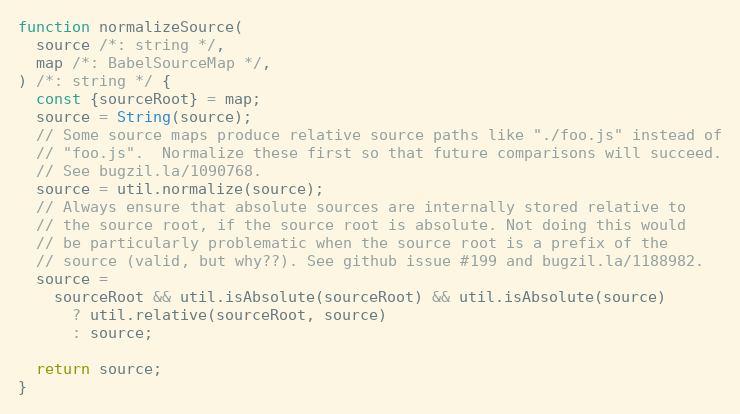
Language: JavaScript
function normalizeSource(
  source /*: string */,
  map /*: BabelSourceMap */,
) /*: string */ {
  const {sourceRoot} = map;
  source = String(source);
  // Some source maps produce relative source paths like "./foo.js" instead of
  // "foo.js".  Normalize these first so that future comparisons will succeed.
  // See bugzil.la/1090768.
  source = util.normalize(source);
  // Always ensure that absolute sources are internally stored relative to
  // the source root, if the source root is absolute. Not doing this would
  // be particularly problematic when the source root is a prefix of the
  // source (valid, but why??). See github issue #199 and bugzil.la/1188982.
  source =
    sourceRoot && util.isAbsolute(sourceRoot) && util.isAbsolute(source)
      ? util.relative(sourceRoot, source)
      : source;

  return source;
}